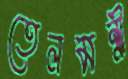
তেলমন্ত্রী